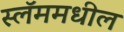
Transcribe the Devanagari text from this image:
स्लॅममधील